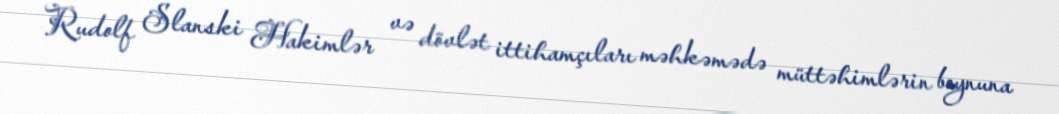
Rudolf Slanski Hakimlər və dövlət ittihamçıları məhkəmədə müttəhimlərin boynuna